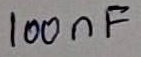
Text: 100nF